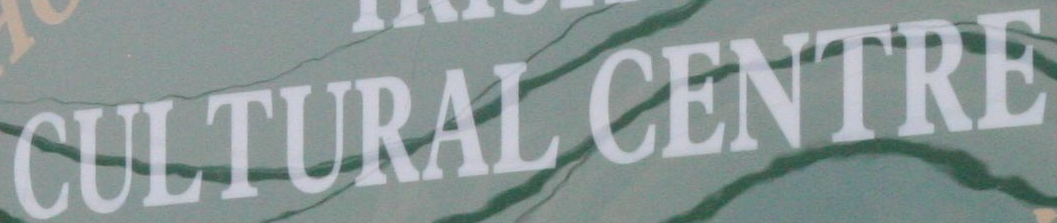
CULTURAL CENTRE